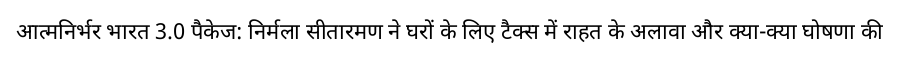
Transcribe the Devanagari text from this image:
आत्मनिर्भर भारत 3.0 पैकेज: निर्मला सीतारमण ने घरों के लिए टैक्स में राहत के अलावा और क्या-क्या घोषणा की